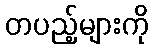
တပည့်များကို